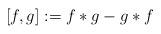
LaTeX: \begin{align*} [f,g]:=f*g-g*f\end{align*}